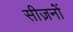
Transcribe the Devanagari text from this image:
सीज़नोंं